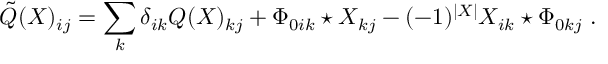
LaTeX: \tilde { Q } ( X ) _ { i j } = \sum _ { k } \delta _ { i k } Q ( X ) _ { k j } + \Phi _ { 0 i k } \star X _ { k j } - ( - 1 ) ^ { | X | } X _ { i k } \star \Phi _ { 0 k j } \ .